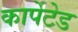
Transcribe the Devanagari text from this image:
कार्पेटेड